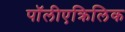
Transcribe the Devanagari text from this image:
पॉलीएक्रिलिक